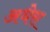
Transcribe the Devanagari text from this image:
अधेरा